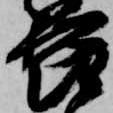
節